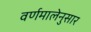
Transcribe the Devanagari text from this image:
वर्णमालेनुसार